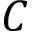
C